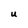
Character: U